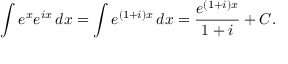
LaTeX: \int e ^ { x } e ^ { i x } \, d x = \int e ^ { ( 1 + i ) x } \, d x = { \frac { e ^ { ( 1 + i ) x } } { 1 + i } } + C .